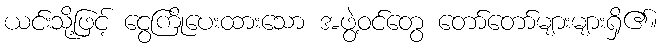
ယင်းသို့ဖြင့် ငွေကြိုပေးထားသော အဖွဲ့ဝင်တွေ တော်တော်များများရှိ၏။